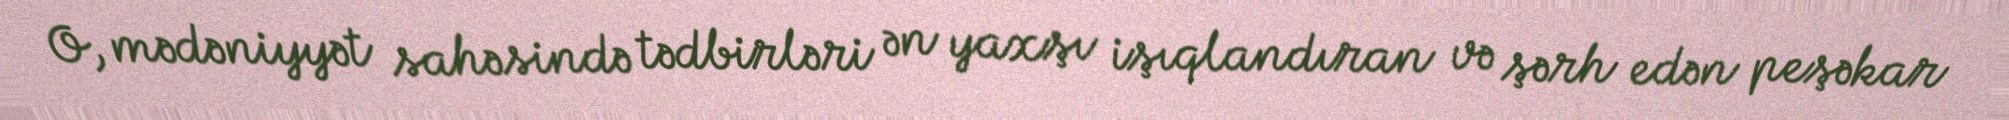
O, mədəniyyət sahəsində tədbirləri ən yaxşı işıqlandıran və şərh edən peşəkar